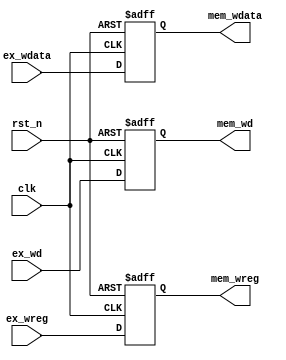
`timescale 1ns / 1ps
//////////////////////////////////////////////////////////////////////////////////
// Company: 
// Engineer: 
// 
// Design Name: 
// Module Name: ex_mem
// Project Name: 
// Target Devices: 
// Tool Versions: 
// Description: 
// 
// Dependencies: 
// 
// Revision:
// Revision 0.01 - File Created
// Additional Comments:
// 
//////////////////////////////////////////////////////////////////////////////////


module ex_mem(
        input                clk,
        input                rst_n,
        
        input [4:0]          ex_wd,
        input                ex_wreg,
        input [31:0]         ex_wdata,
        
        output reg [4:0]     mem_wd,
        output reg           mem_wreg,
        output reg [31:0]    mem_wdata
    );
    
always @ (posedge clk or negedge rst_n) begin
    if(~rst_n) begin
        mem_wd <= 0;
        mem_wreg <= 0;
        mem_wdata <= 0;
    end
    else begin
        mem_wd <= ex_wd;
        mem_wreg <= ex_wreg;
        mem_wdata <= ex_wdata;
    end
end
endmodule